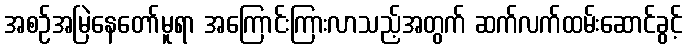
အစဉ်အမြဲနေတော်မူရာ အကြောင်းကြားလာသည့်အတွက် ဆက်လက်ထမ်းဆောင်ခွင့်